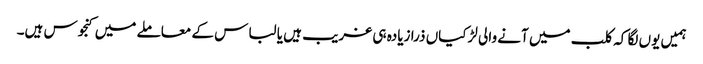
ہمیں یوں لگا کہ کلب میں آنے والی لڑکیاں ذرا زیادہ ہی غریب ہیں یا لباس کے معاملے میں کنجوس ہیں۔